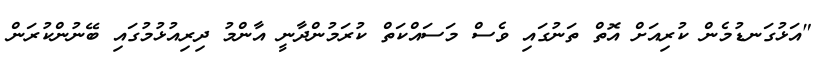
"އަޅުގަނޑުމެން ކުރިއަށް އޮތް ތަނުގައި ވެސް މަސައްކަތް ކުރަމުންދާނީ އާންމު ދިރިއުޅުމުގައި ބޭނުންކުރަން